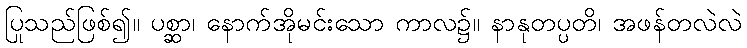
ပြုသည်ဖြစ်၍။ ပစ္ဆာ၊ နောက်အိုမင်းသော ကာလ၌။ နာနုတပ္ပတိ၊ အဖန်တလဲလဲ